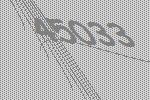
45033